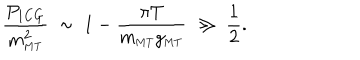
\frac { P _ { \mathrm { 1 C G } } } { m _ { \mathrm { \scriptscriptstyle { M T } } } ^ { 2 } } \; \sim \; 1 - \frac { \pi T } { m _ { \mathrm { \scriptscriptstyle { M T } } } g _ { \mathrm { \scriptscriptstyle { M T } } } } \; \gg \; \frac { 1 } { 2 } .